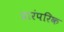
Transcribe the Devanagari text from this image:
प्रारंपरिक